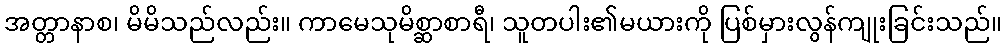
အတ္တာနာစ၊ မိမိသည်လည်း။ ကာမေသုမိစ္ဆာစာရီ၊ သူတပါး၏မယားကို ပြစ်မှားလွန်ကျုးခြင်းသည်။